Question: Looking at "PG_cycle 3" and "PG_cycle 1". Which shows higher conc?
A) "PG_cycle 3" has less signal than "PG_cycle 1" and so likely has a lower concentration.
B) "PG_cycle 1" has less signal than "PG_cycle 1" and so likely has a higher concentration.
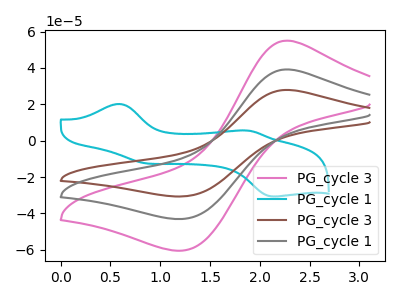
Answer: <think>The pink curve "PG_cycle 3" has an anodic peak at (2.25V, 78.35uA) and a cathodic peak at (1.25V, -86.10uA). The cyan curve "PG_cycle 1" has anodic peaks at (0.60V, 20.15uA) (1.90V, 5.50uA) and cathodic peaks at (0.85V, -12.50uA) (2.15V, -30.70uA). The brown curve "PG_cycle 3" has an anodic peak at (2.25V, 27.90uA) and a cathodic peak at (1.25V, -30.65uA). The gray curve "PG_cycle 1" has an anodic peak at (2.25V, 39.20uA) and a cathodic peak at (1.25V, -43.05uA).
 All the peaks in "PG_cycle 3" have a peak in "PG_cycle 1" at the same potential. Every peak in "PG_cycle 3" is lower than every peak in "PG_cycle 1".</think>
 <answer>A) "PG_cycle 3" has less signal than "PG_cycle 1" and so likely has a lower concentration.</answer>
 <eval>A</eval>